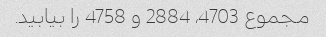
مجموع 4703، 2884 و 4758 را بیابید.